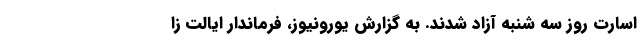
اسارت روز سه شنبه آزاد شدند. به گزارش یورونیوز، فرماندار ایالت زا